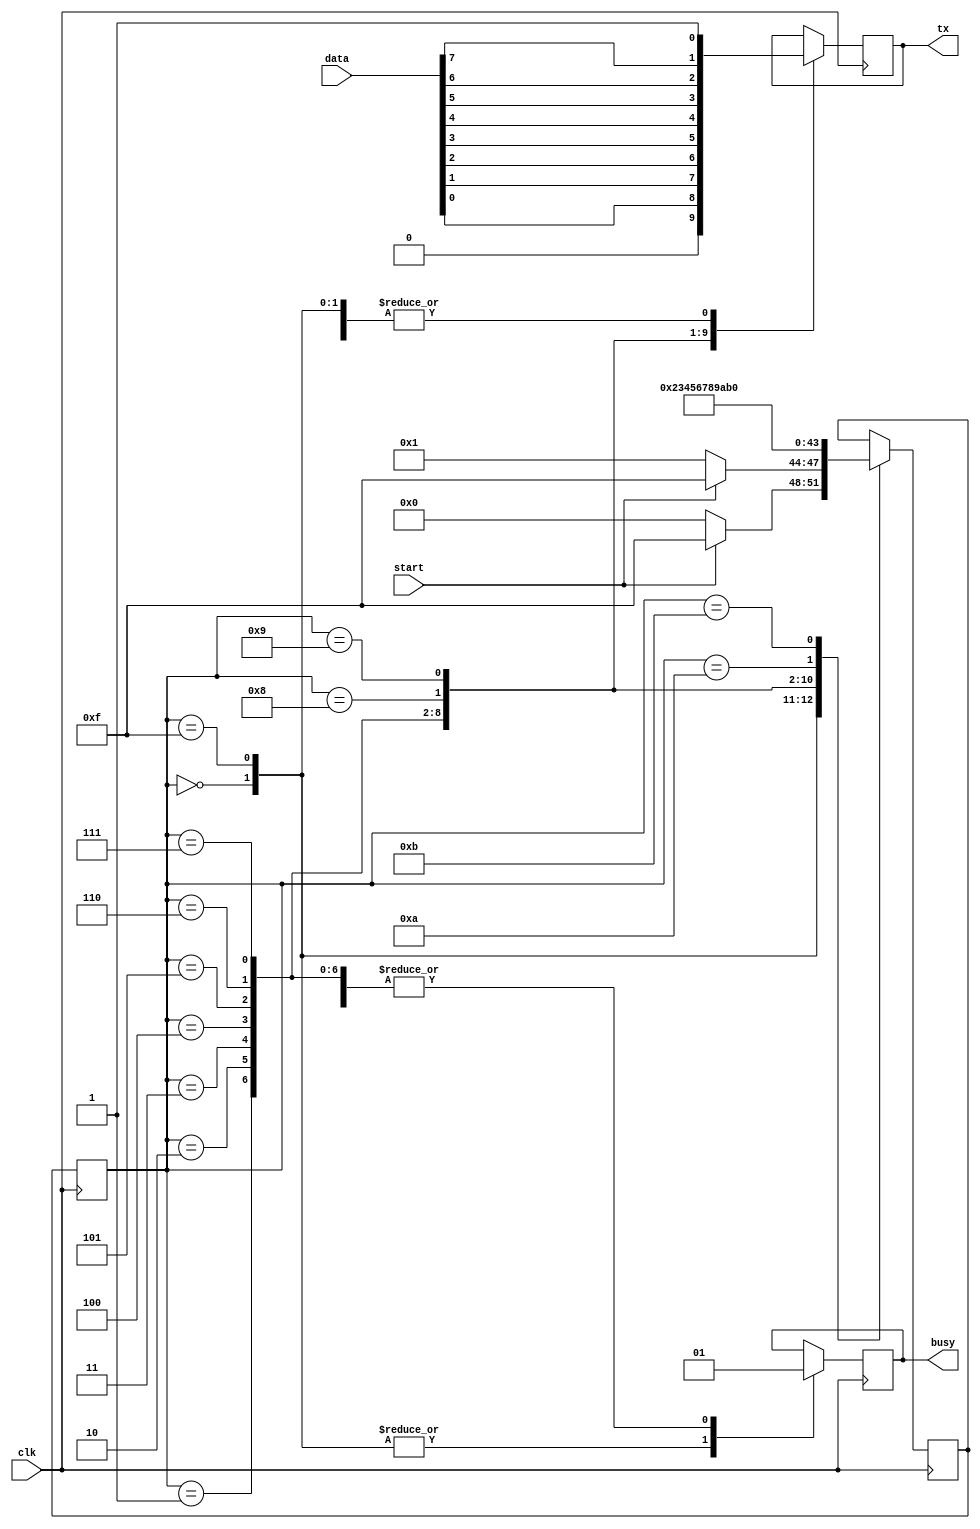
module uart_tx(
	input clk, 
	input [7:0] data, 	//data to be transmmitted
	input start, 			//Signal which triggers transmision 
	output reg tx, 
	output reg busy		//Indicates that data is being transmitted
);
	reg [3:0] state = 4'h0; //Number of states can be reduced with a counter
									//... for Data states
	reg [3:0] nextS = 4'h0; //Moore FSM 
	always @(posedge clk) 
		case(state)
			4'h0: begin 			//IDLE state
				tx <= 1'b1; 	
				busy <= 1'b0; 		
				if(start)			//wait start pulse
					nextS <= 4'hF; //Detect Failing_edge state
				else 
					nextS <= 4'h0; //Go to IDLE state
			end 
			4'hF: begin  			//Detect Failing_edge state
				tx <= 1'b1; 
				busy <= 1'b0; 
				if(start)			//wait until pulse finishes
					nextS <= 4'hF; //Go to Detect Failing_edge state
				else 
					nextS <= 4'h1; //To Start state
			end 
			4'h1: begin 		//Start state
				tx 	<= 1'b0; 
				busy 	<= 1'b1; //Now, module is busy
				nextS <= 4'h2; //Goto Data_0 state
			end 
			4'h2: begin 			//Data_0 state
				tx 	<= data[0]; //Send LSB data bit
				busy 	<= 1'b1; 
				nextS <= 4'h3; 	//Go to Data_1 state
			end
			4'h3: begin 			//Data_1 state
				tx 	<= data[1]; //Send data bit 1
				busy 	<= 1'b1; 
				nextS <= 4'h4; 	//Go to Data_2 state
			end 	
			4'h4: begin 			//Data_2 state
				tx 	<= data[2]; 
				busy 	<= 1'b1; 
				nextS <= 4'h5; 	//Go to Data_3 state
			end 
			4'h5: begin 			//Data_3 state
				tx 	<= data[3]; 
				busy 	<= 1'b1; 
				nextS <= 4'h6; 	//Go to Data_4 state
			end 
			4'h6: begin 			//Data_4 state
				tx 	<= data[4]; 
				busy 	<= 1'b1; 
				nextS <= 4'h7; 	//Go to Data_5 state
			end 
			4'h7: begin 			//Data_5 state
				tx 	<= data[5]; 
				busy 	<= 1'b1; 
				nextS <= 4'h8; 	//Go to Data_6 state
			end 
			4'h8: begin 			//Data_6 state
				tx 	<= data[6]; 
				busy 	<= 1'b1; 
				nextS <= 4'h9; 	//Go to Data_7 state
			end 
			4'h9: begin 			//Data_7 state
				tx 	<= data[7]; 
				busy 	<= 1'b1; 
				nextS <= 4'hA; 	//Go to Stop_1 state
			end 
			4'hA: begin 		//Stop_1
				tx 	<= 1'b1; //Send stop bit #1
				busy 	<= 1'b1; 
				nextS <= 4'hB; //Goto Stop_2 state
			end 
			4'hB: begin 		//Stop_2 state
				tx 	<= 1'b1; 
				busy 	<= 1'b1; 
				nextS <= 4'h0; //Go to IDLE
			end 
		endcase
	always @(posedge clk)  //Update state
		state <= nextS; 
endmodule